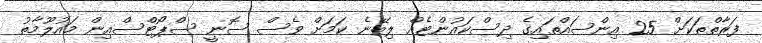
ފަރާތްތަކަށް 25 އިންސައްތައިގެ ދިސްކައުންޓެއް ލިބޭނެ ކަމަށް ވެސް ސޮނީ ސްޕޯޓްސްއިން މައުލޫމާތު